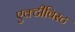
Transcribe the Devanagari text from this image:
एक्टीविस्ट